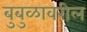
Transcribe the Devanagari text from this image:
बुबुळावरील